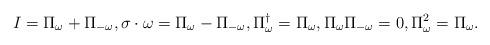
LaTeX: \begin{align*} I = \Pi_\omega + \Pi_{-\omega}, \sigma \cdot \omega = \Pi_\omega - \Pi_{-\omega}, \Pi_\omega^\dagger = \Pi_\omega, \Pi_\omega \Pi_{-\omega}=0, \Pi_\omega^2 = \Pi_\omega.\end{align*}